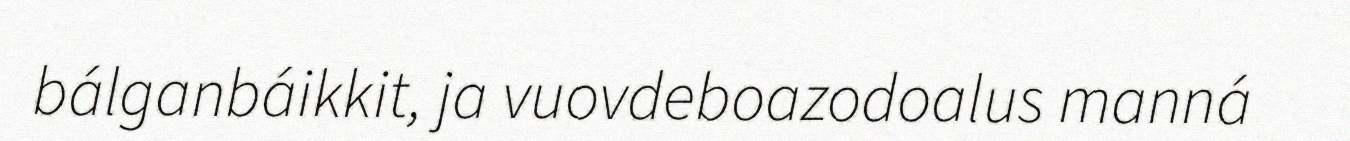
bálganbáikkit, ja vuovdeboazodoalus manná